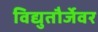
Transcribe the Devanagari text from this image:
विद्युतौर्जेवर